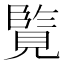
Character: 𮗘